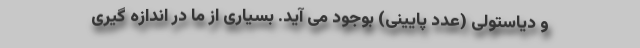
و دیاستولی (عدد پایینی) بوجود می آید. بسیاری از ما در اندازه گیری